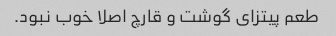
طعم پیتزای گوشت و قارچ اصلا خوب نبود.